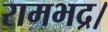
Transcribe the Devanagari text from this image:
रामभद्र।